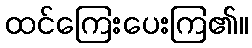
ထင်ကြေးပေးကြ၏။